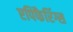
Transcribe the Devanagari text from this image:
एपिफैरिंग्स